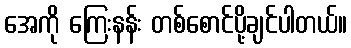
အေကို ကြေးနန်း တစ်စောင်ပို့ချင်ပါတယ်။